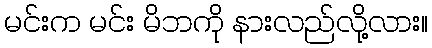
မင်းက မင်း မိဘကို နားလည်လို့လား။